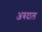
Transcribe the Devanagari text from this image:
अबदाल